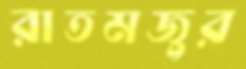
রাতমজুর